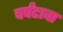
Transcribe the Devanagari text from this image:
चर्पंटावा